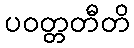
ပဝတ္တတီတိ